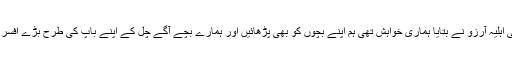
ان کی اہلیہ آرزو نے بتایا ہماری خواہش تھی ہم اپنے بچوں کو بھی پڑھائیں اور ہمارے بچے آگے چل کے اپنے باپ کی طرح بڑے افسر بنیں۔